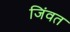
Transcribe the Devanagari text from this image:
जिंवत